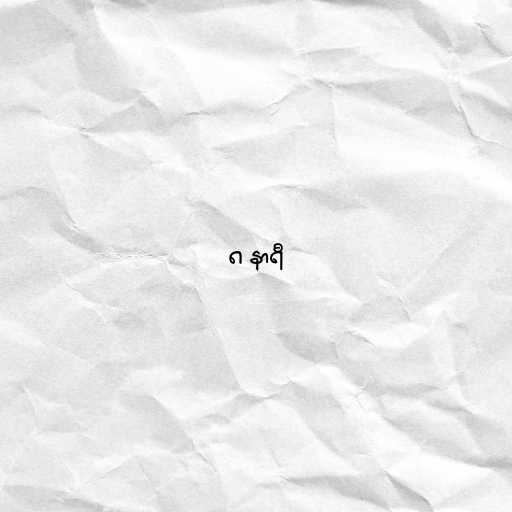
၈ နာရီ